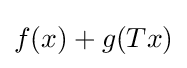
f(x)+g(Tx)